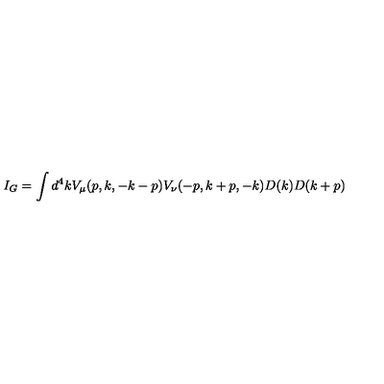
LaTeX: I _ { G } = \int d ^ { 4 } k V _ { \mu } ( p , k , - k - p ) V _ { \nu } ( - p , k + p , - k ) D ( k ) D ( k + p )